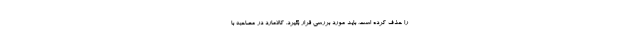
را حذف کرده است، باید مورد بررسی قرار بگیرد. کالامارد در مصاحبه با